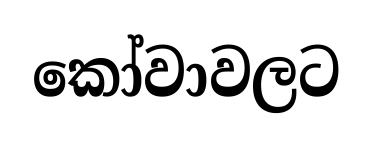
කෝවාවලට